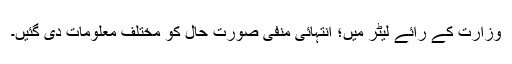
وزارت کے رائے لیٹر میں؛ انتہائی منفی صورت حال کو مختلف معلومات دی گئیں۔